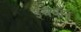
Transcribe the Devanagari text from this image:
इंचेवॉन